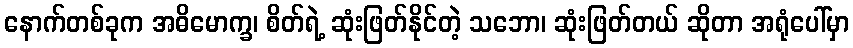
နောက်တစ်ခုက အဓိမောက္ခ၊ စိတ်ရဲ့ ဆုံးဖြတ်နိုင်တဲ့ သဘော၊ ဆုံးဖြတ်တယ် ဆိုတာ အရုံပေါ်မှာ